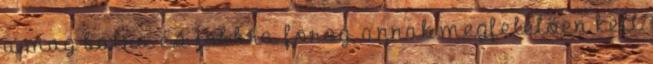
a mag balra és jobbra forog, annak megfelelően kell